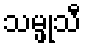
သမ္ဖုသီ